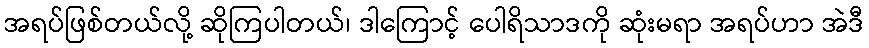
အရပ်ဖြစ်တယ်လို့ ဆိုကြပါတယ်၊ ဒါကြောင့် ပေါရိသာဒကို ဆုံးမရာ အရပ်ဟာ အဲဒီ